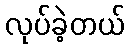
လုပ်ခဲ့တယ်